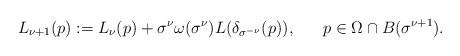
LaTeX: \begin{align*}L_{\nu+1}(p):=L_{\nu}(p)+\sigma^{\nu}\omega(\sigma^{\nu})L(\delta_{\sigma^{-\nu}}(p)),~~~~~p\in \Omega\cap B(\sigma^{\nu+1}).\end{align*}